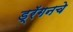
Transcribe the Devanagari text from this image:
ड्रॅगनचे